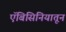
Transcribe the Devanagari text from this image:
ऍबिसिनियातून